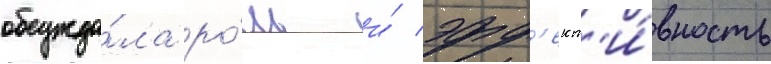
обсужда́ла ро́ль и́ эфф'ект'и́вность